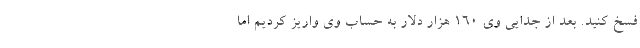
فسخ کنید. بعد از جدایی وی 160 هزار دلار به حساب وی واریز کردیم اما